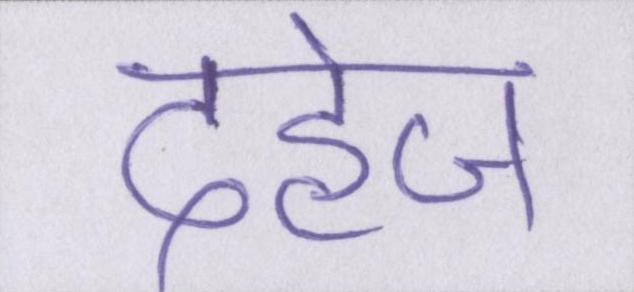
दहेज